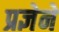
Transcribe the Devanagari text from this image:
प्रज्ञेने